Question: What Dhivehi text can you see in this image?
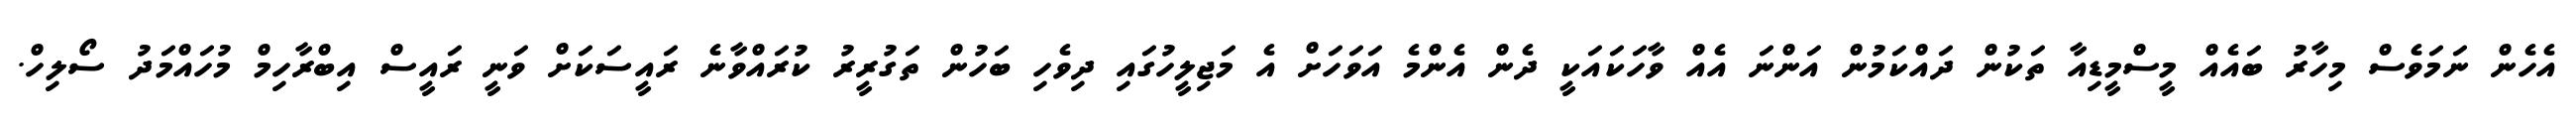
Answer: އެހެން ނަމަވެސް މިހާރު ބައެއް މީސްމީޑިއާ ތަކުން ދައްކަމުން އަންނަ އެއް ވާހަކައަކީ ދެން އެންމެ އަވަހަށް އެ މަޖިލީހުގައި ދިވެހި ބަހުން ތަގުރީރު ކުރައްވާނެ ރައީސަކަށް ވަނީ ރައީސް އިބްރާހިމް މުހައްމަދު ސޯލިހް.